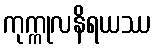
ကုက္ကုလနိရယဿ